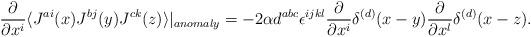
LaTeX: \begin{align*}\frac{\partial}{\partial x^i} \langle J^{ai}(x) J^{bj}(y) J^{ck}(z) \rangle |_{anomaly} = - 2 \alpha d^{abc} \epsilon^{ijkl} \frac{\partial}{\partial x^{i}} \delta^{(d)}(x-y)\frac{\partial}{\partial x^{l}} \delta^{(d)}(x-z).\end{align*}